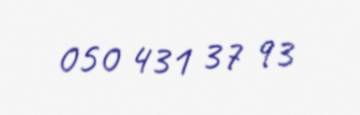
050 431 37 93